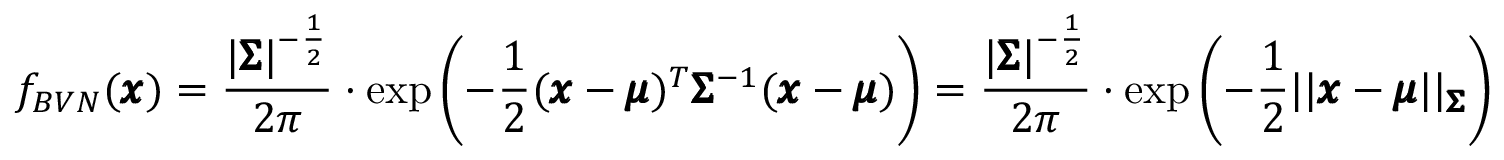
f _ { B V N } ( \pmb { x } ) = \frac { \lvert \pmb { \Sigma } \rvert ^ { - \frac { 1 } { 2 } } } { 2 \pi } \cdot \mathrm { e x p } \left( - \frac { 1 } { 2 } ( \pmb { x } - \pmb { \mu } ) ^ { T } \pmb { \Sigma } ^ { - 1 } ( \pmb { x } - \pmb { \mu } ) \right) = \frac { \lvert \pmb { \Sigma } \rvert ^ { - \frac { 1 } { 2 } } } { 2 \pi } \cdot \mathrm { e x p } \left( - \frac { 1 } { 2 } \lvert \lvert \pmb { x } - \pmb { \mu } \rvert \rvert _ { \pmb { \Sigma } } \right)